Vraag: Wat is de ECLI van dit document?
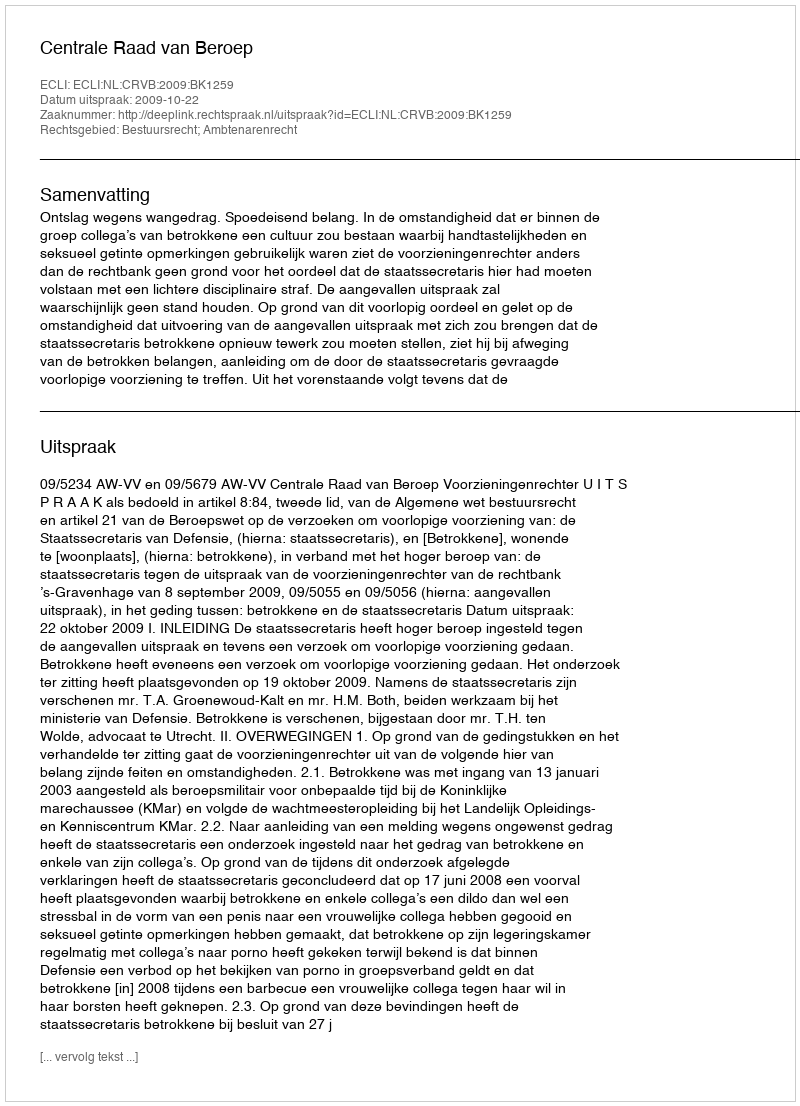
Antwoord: ECLI:NL:CRVB:2009:BK1259